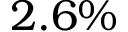
2 . 6 \%